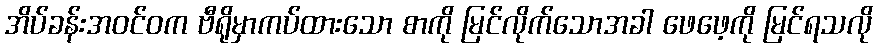
အိပ်ခန်းအဝင်ဝက ဗီရိုမှာကပ်ထားသော စာကို မြင်လိုက်သောအခါ ဖေဖေ့ကို မြင်ရသလို